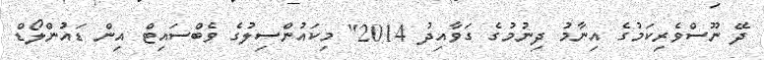
ދޭ ނޫސްވެރިކަމުގެ އިނާމު ދިނުމުގެ ގަވާއިދު 2014" މިކައުންސިލުގެ ވެބްސައިޓް އިން ޑައުންލޯޑް